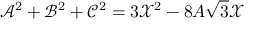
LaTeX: \mathcal { A } ^ { 2 } + \mathcal { B } ^ { 2 } + \mathcal { C } ^ { 2 } = 3 \mathcal { X } ^ { 2 } - 8 A \sqrt { 3 } \mathcal { X }